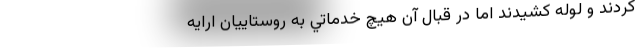
كردند و لوله كشيدند اما در قبال آن هيچ خدماتي به روستاييان ارايه